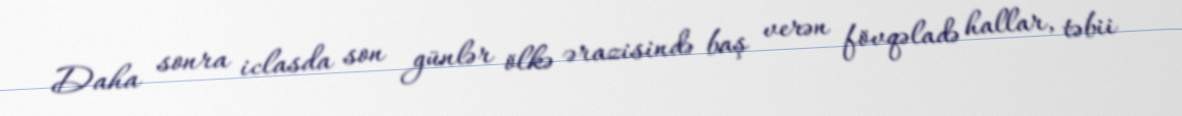
Daha sonra iclasda son günlər ölkə ərazisində baş verən fövqəladə hallar, təbii